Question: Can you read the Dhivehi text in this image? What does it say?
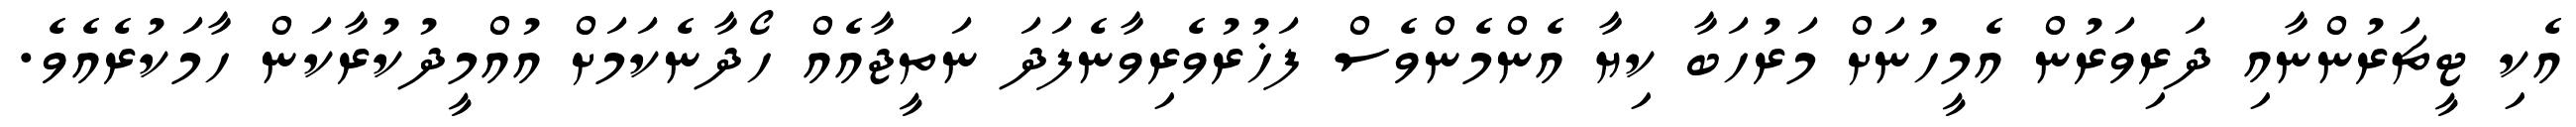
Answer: އެކި ޓީޗަރުންނާއި ދަރިވަރުން އެމީހުނަށް މަރުހަބާ ކިޔާ އެންމެންވެސް ފަޚުރުވެރިވާނެފަދަ ނަތީޖާއެއް ހޯދާނެކަމަށް އުއްމީދުކުރާކަން ހާމަކުރެއެވެ.